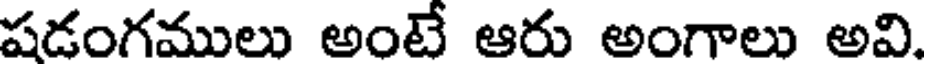
షడంగములు అంటే ఆరు అంగాలు అవి.